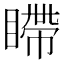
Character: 𪾹